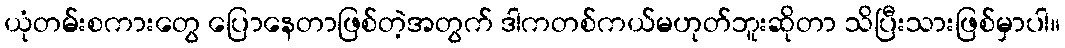
ယုံတမ်းစကားတွေ ပြောနေတာဖြစ်တဲ့အတွက် ဒါကတစ်ကယ်မဟုတ်ဘူးဆိုတာ သိပြီးသားဖြစ်မှာပါ။